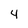
Character: 4